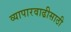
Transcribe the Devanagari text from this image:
व्यापारवाढीसाठी